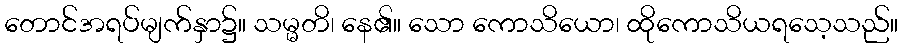
တောင်အရပ်မျက်နှာ၌။ သမ္မတိ၊ နေ၏။ သော ကောသိယော၊ ထိုကောသိယရသေ့သည်။